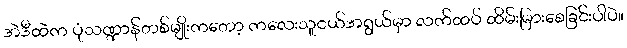
အဲဒီထဲက ပုံသဏ္ဍာန်တစ်မျိုးကတော့ ကလေးသူငယ်အရွယ်မှာ လက်ထပ် ထိမ်းမြားစေခြင်းပါပဲ။